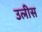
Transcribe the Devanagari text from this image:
उलीस